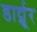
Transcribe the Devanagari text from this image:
डार्ट्मूर